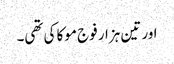
اور تین ہزار فوج موکا کی تھی۔